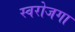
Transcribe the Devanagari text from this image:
स्‍वरोजगा